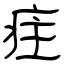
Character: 疰